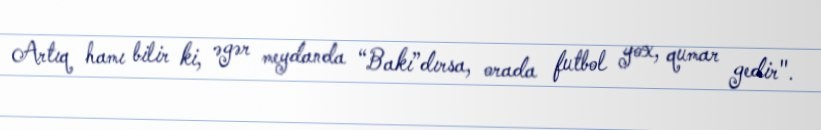
Artıq hamı bilir ki, əgər meydanda “Bakı”dırsa, orada futbol yox, qumar gedir".